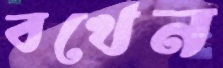
বখেন